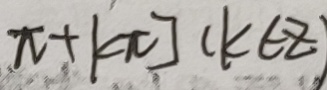
\pi + k \pi ] ( k \in Z )